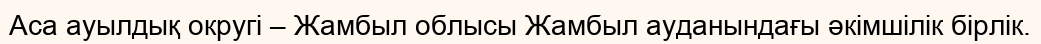
Аса ауылдық округі – Жамбыл облысы Жамбыл ауданындағы әкімшілік бірлік.